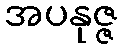
အပနုဇ္ဇ